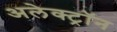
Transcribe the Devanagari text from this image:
अलेक्ट्रॉन